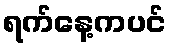
ရက်နေ့ကပင်